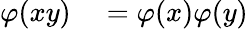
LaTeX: \begin{array}{rl}{\varphi(xy)}&{{}=\varphi(x)\varphi(y)}\end{array}